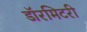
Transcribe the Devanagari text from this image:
डॉरमिटरी